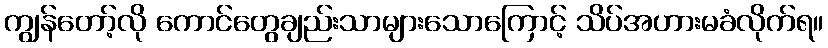
ကျွန်တော့်လို ကောင်တွေချည်းသာများသောကြောင့် သိပ်အဟားမခံလိုက်ရ။